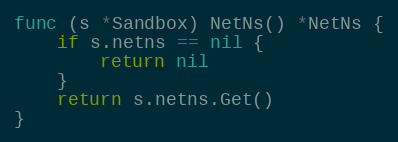
Language: Go
func (s *Sandbox) NetNs() *NetNs {
	if s.netns == nil {
		return nil
	}
	return s.netns.Get()
}